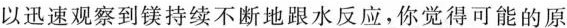
以迅速观察到镁持续不断地跟水反应，你觉得可能的原